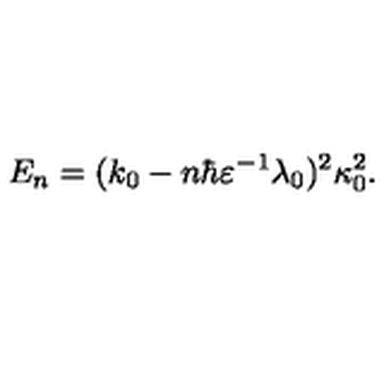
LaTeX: E _ { n } = ( k _ { 0 } - n \hbar \varepsilon ^ { - 1 } \lambda _ { 0 } ) ^ { 2 } \kappa _ { 0 } ^ { 2 } .